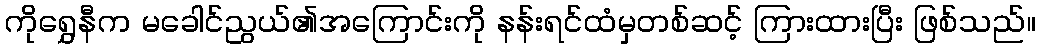
ကိုရွှေနီက မခေါင်ညွယ်၏အကြောင်းကို နန်းရင်ထံမှတစ်ဆင့် ကြားထားပြီး ဖြစ်သည်။